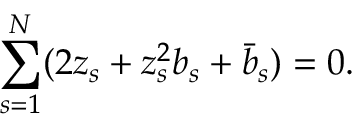
\sum _ { s = 1 } ^ { N } ( 2 z _ { s } + z _ { s } ^ { 2 } b _ { s } + \bar { b } _ { s } ) = 0 .